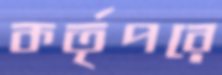
কর্তৃপরে